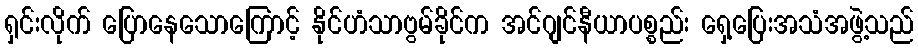
ရှင်းလိုက် ပြောနေသောကြောင့် နိုင်ဟံသာဗွမ်ခိုင်က အင်ဂျင်နီယာပစ္စည်း ရှေ့ပြေးအသံအဖွဲ့သည်